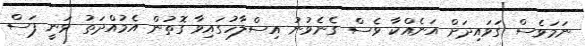
ނަމަވެސް ގަވައިދަށް އަނެއްކާ ވެސް ގެނެވުނު އިސްލާހުގައިވާ ގޮތުން އެމުއްދަތު ވަނީ ފަސް